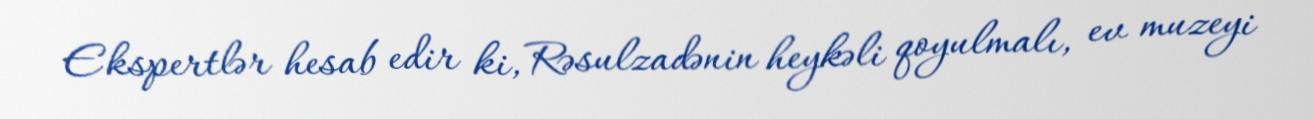
Ekspertlər hesab edir ki, Rəsulzadənin heykəli qoyulmalı, ev muzeyi